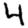
Digit: 4